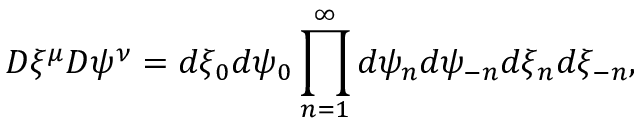
{ \cal D } \xi ^ { \mu } { \cal D } \psi ^ { \nu } = d \xi _ { 0 } d \psi _ { 0 } \prod _ { n = 1 } ^ { \infty } d \psi _ { n } d \psi _ { - n } d \xi _ { n } d \xi _ { - n } ,